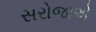
સરોજાએ